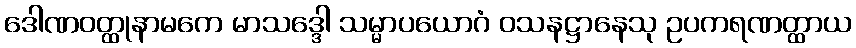
ဒေါဏဝတ္ထုနာမကေ မာသဒ္ဒေါ သမ္မာပယောဂံ ဝသနဋ္ဌာနေသု ဥပကရဏတ္ထာယ